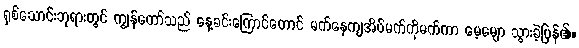
ရှစ်သောင်းဘုရားတွင် ကျွန်တော်သည် နေ့ခင်းကြောင်တောင် မက်နေကျအိပ်မက်ကိုမက်ကာ မေ့မျော သွားခဲ့ပြန်၏။